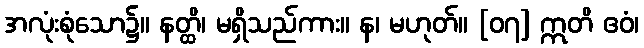
အလုံးစုံသော၌။ နတ္ထိ၊ မရှိသည်ကား။ န၊ မဟုတ်။ [၀၇] ဣတိ ဧဝံ၊